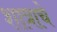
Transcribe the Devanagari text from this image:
शात्राचे